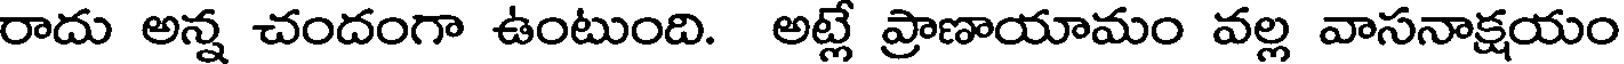
రాదు అన్న చందంగా ఉంటుంది. అట్లే ప్రాణాయామం వల్ల వాసనాక్షయం